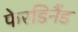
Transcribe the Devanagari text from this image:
फेरडिनैंड